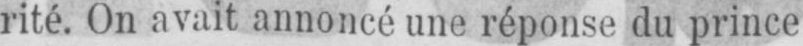
rité. On avait annoncé une réponse du prince